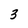
Character: 3